Civil Veterinary Department Bihar reports 1936-40 - 1936-1940
Year: 1936
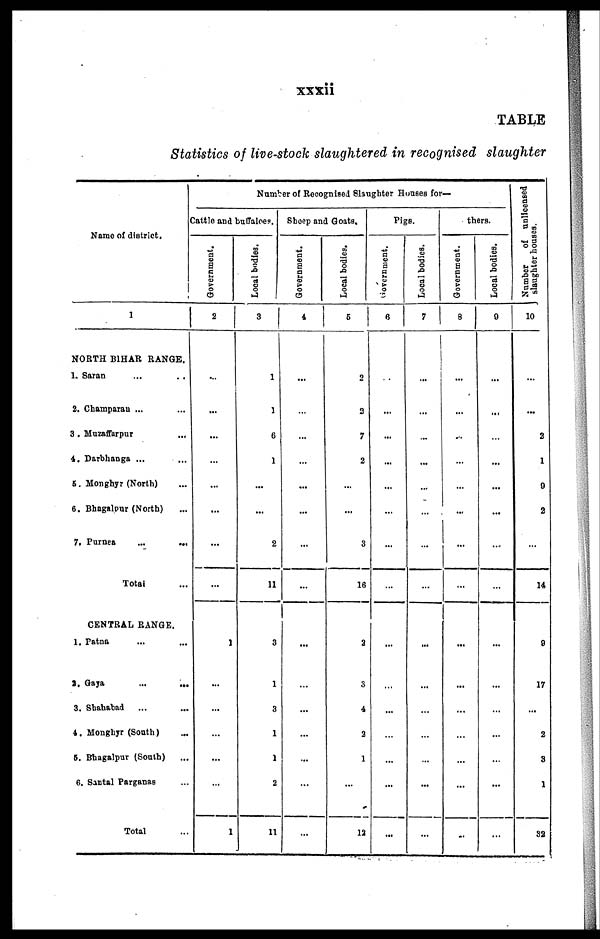
xxxii
TABLE
Statistics of live-stock slaughtered in recognised slaughter
Name of district.
1
NORTH BIHAR RANGE.
1. Saran ... ..
2. Champarau ... ...
3 . Muzaffarpur ...
4. Darbhanga ... ...
5. Monghyr (North) ...
6. Bhagalour (North) ...
7. Purnea
...
...
Total ...
CENTRAL RANGE.
1. Patna ... ...
2. Gaya
...
...
3. Shahabad ... ...
4. Monghyr (South) ...
5. Bhagalpur (South) ...
6. Santal Parganas ...
Total ...
Number of Recognised Slaughter Houses for—
cattle and buffaloes.
Government.
2
...
...
...
...
...
...
...
...
J
...
...
...
...
...
1
Local bodies.
3
1
1
6
1
...
...
2
11
3
1
3
1
1
2
11
Sheep and Goats.
Government.
4
...
...
...
...
...
...
...
...
...
...
...
...
...
...
...
Local bodies.
5
2
2
7
2
...
...
3
16
2
3
4
2
1
...
12
pigs
Government.
6
...
...
...
...
...
...
...
...
...
...
...
...
...
...
...
Local bodies.
7
...
...
...
...
...
...
...
...
...
...
...
...
...
...
...
thers.
Government.
8
...
...
...
...
...
...
...
...
...
...
...
...
...
...
...
Local bodies.
0
...
...
...
...
...
...
...
...
...
...
...
...
...
...
...
Number
of unlicensed
slaughter houses.
10
...
...
2
1
0
2
...
14
9
17
...
2
3
1
32